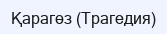
Қарагөз (Трагедия)